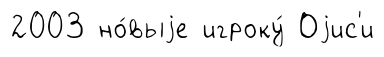
2003 но́выjе игроку́ Оjис'и